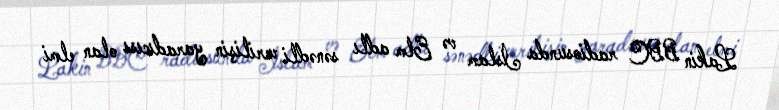
Lakin BBC radiosunda İslam və Elm adlı sənədli verilişin yaradıcısı olan elmi